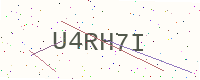
Text: U4RH7I